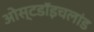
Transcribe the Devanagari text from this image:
ओस्टडॉइचलांड